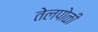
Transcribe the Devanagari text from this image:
तेलपोळी